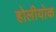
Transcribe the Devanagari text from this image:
होलीयोक